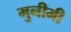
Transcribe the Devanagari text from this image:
मुनीमी